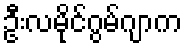
ဦးလမိုင်ဂွမ်ဂျာက